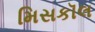
મિસકૉલ